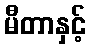
မီတာနှင့်